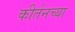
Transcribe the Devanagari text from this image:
कीर्तनच्या